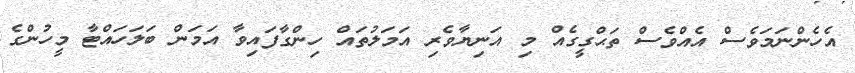
އެހެންނަމަވެސް އެއްވެސް ތަޙްގީގެއް މި އަނިޔާވެރި އަމަލުތައް ހިންގާފައިވާ އަމަން ބަލަހައްޓާ މީހުންގެ